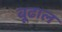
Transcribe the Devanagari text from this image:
बूढाल